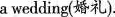
a wedding(婚礼).